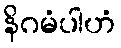
နိဂမံပါဟံ